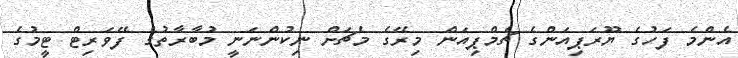
އެންމެ ފަހުގެ ޔޫރަޕިއަންގެ ޗެމްޕިއަން މިރޭގެ މެޗަށް ނިކުންނަނީ މުބާރާތުގެ ފޭވަރިޓް ޓީމުގެ